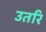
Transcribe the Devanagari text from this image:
उतरि